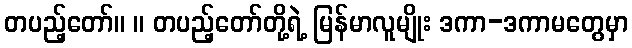
တပည့်တော်။ ။ တပည့်တော်တို့ရဲ့ မြန်မာလူမျိုး ဒကာ-ဒကာမတွေမှာ